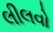
લીલવો